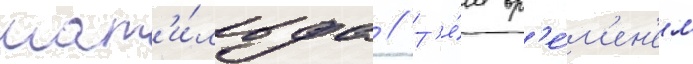
мат'и́льда // Т'е́м вр'е́м'ен'ем